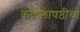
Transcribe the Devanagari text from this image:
कपिलाषष्ठीचा